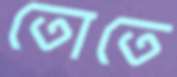
তোতে